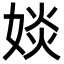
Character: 婒